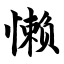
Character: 懒